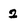
Character: 2